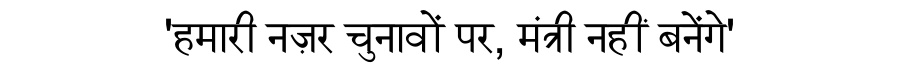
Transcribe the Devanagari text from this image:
'हमारी नज़र चुनावों पर, मंत्री नहीं बनेंगे'